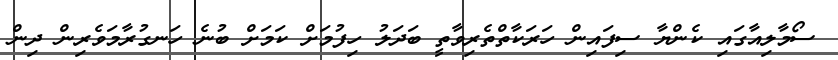
ސޯމާލިއާގައި ކެންޔާ ސިފައިން ހަރަކާތްތެރިވާތީ ބަދަލު ހިފުމަށް ކަމަށް ބުނެ ހަނގުރާމަވެރިން ދިން